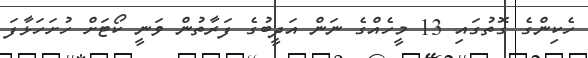
ހެކިންގެ ގޮތުގައި 13 މީހެއްގެ ނަން އަދީބުގެ ފަރާތުން ވަނީ ކޯޓަށް ހުށަހަޅާފަ